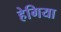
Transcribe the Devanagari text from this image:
हेगिया